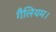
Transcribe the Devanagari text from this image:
गैलियम।